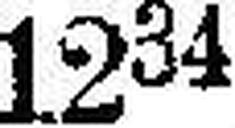
1234